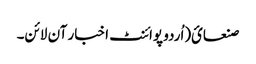
صنعائ(اُردو پوائنٹ اخبار آن لائن۔